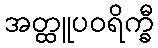
အတ္ထူပဝရိက္ခီ